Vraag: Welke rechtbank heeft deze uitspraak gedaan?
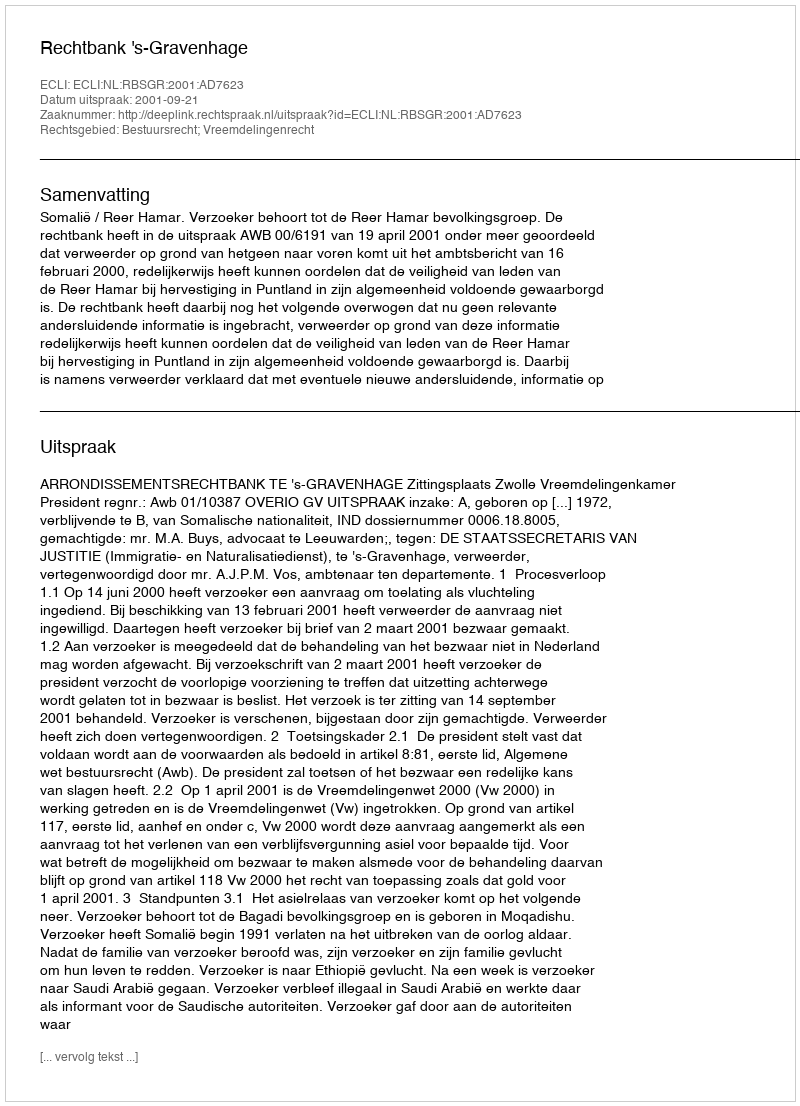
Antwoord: Rechtbank 's-Gravenhage